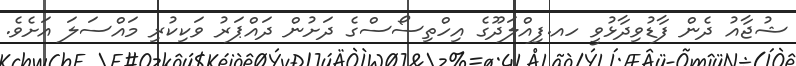
ޝުޖާއު ދެން ފާޑުވިދާޅުވީ ހއ.ފިއްލަދޫގެ އިހްތިސޯސްގެ ދަށުން ދައްޕަރު ވަކިކުރި މައްސަލަ އަށެވެ.